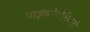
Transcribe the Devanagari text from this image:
पाइथोगोरियनो